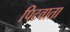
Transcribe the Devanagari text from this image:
पिटवाता